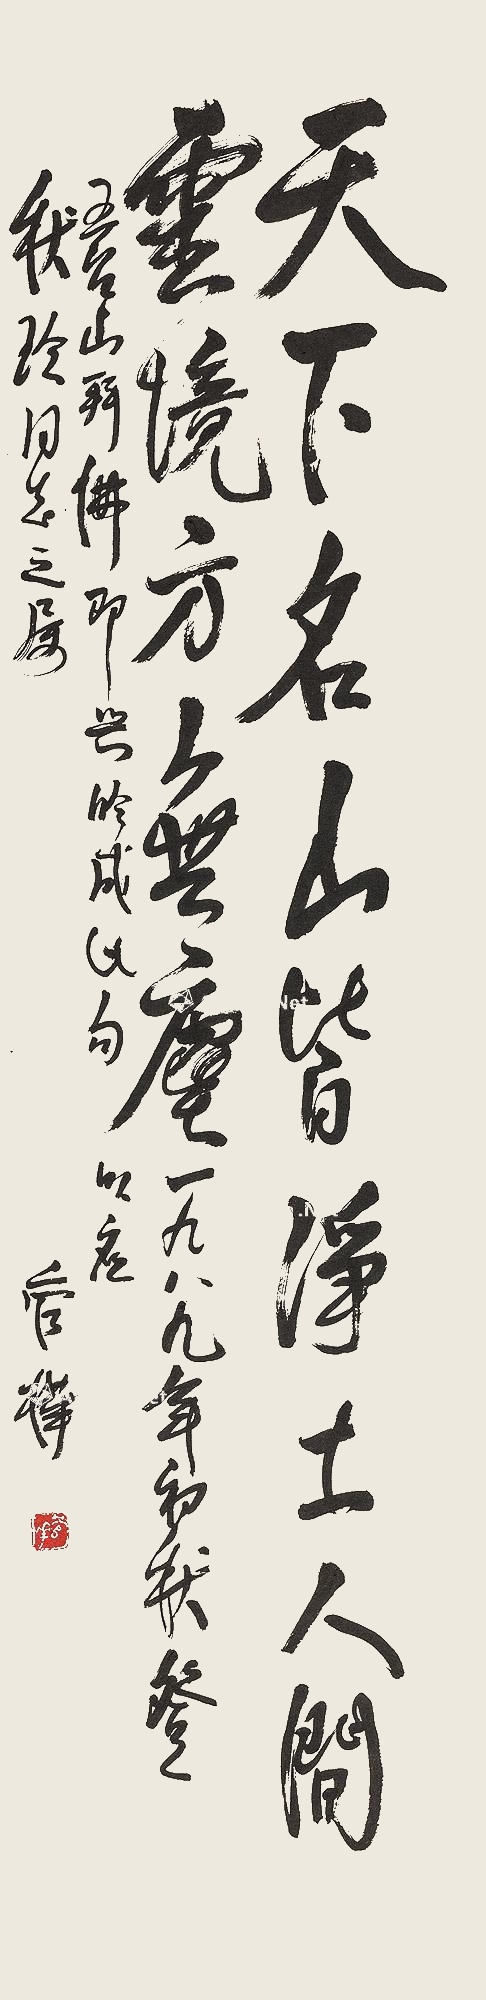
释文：天下名山皆净土，人间灵境方无尘。一九八九年初秋，登五台山拜佛，即兴吟成此句以应秋玲同志之属。管桦。